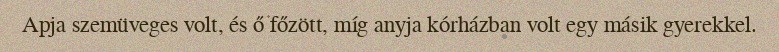
Apja szemüveges volt, és ő főzött, míg anyja kórházban volt egy másik gyerekkel.